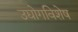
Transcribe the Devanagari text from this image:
उद्योगविशेष